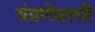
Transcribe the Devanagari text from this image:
यंत्रणेवरची